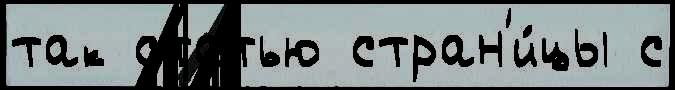
так статью стран'и́цы с